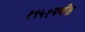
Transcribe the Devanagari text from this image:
१९५१पर्यंत